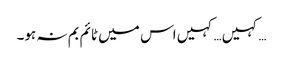
…کہیں… کہیں اس میں ٹائم بم نہ ہو۔